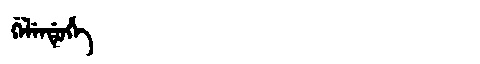
Manchu: ᡤᡝᠯᡝᠨᡩᡠᡥᡝ
Romanization: GELENDUHE